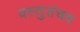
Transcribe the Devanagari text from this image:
वस्तुसंचय